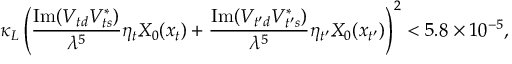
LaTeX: \kappa _ { L } \left( \frac { \mathrm { I m } ( V _ { t d } V _ { t s } ^ { * } ) } { \lambda ^ { 5 } } \eta _ { t } X _ { 0 } ( x _ { t } ) + \frac { \mathrm { I m } ( V _ { t ^ { \prime } d } V _ { t ^ { \prime } s } ^ { * } ) } { \lambda ^ { 5 } } \eta _ { t ^ { \prime } } X _ { 0 } ( x _ { t ^ { \prime } } ) \right) ^ { 2 } < 5 . 8 \times 1 0 ^ { - 5 } ,